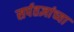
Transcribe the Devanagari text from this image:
सर्पतज्ञांच्या